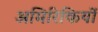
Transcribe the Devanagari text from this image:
अमिरिकियों